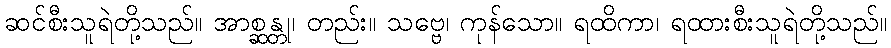
ဆင်စီးသူရဲတို့သည်။ အာစ္ဆန္တု၊ တည်း။ သဗ္ဗေ၊ ကုန်သော။ ရထိကာ၊ ရထားစီးသူရဲတို့သည်။